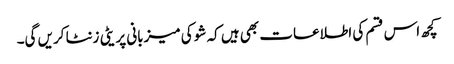
کچھ اس قسم کی اطلاعات بھی ہیں کہ شو کی میزبانی پریٹی زنٹا کریں گی۔